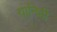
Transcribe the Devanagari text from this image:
यानिही